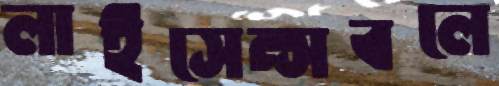
লাইসেন্সবলে